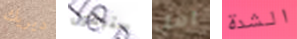
ديريك ستبقون آمل الشدة